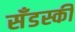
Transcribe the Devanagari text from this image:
सँडस्की